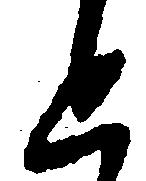
と